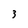
Character: 3